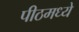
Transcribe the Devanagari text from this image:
पीठमध्ये